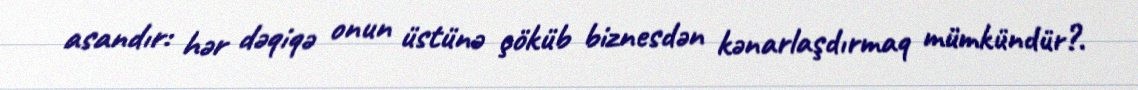
asandır: hər dəqiqə onun üstünə çöküb biznesdən kənarlaşdırmaq mümkündür?.